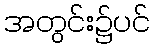
အတွင်း၌ပင်